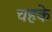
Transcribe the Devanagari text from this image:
चहके